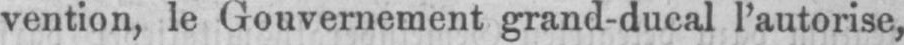
vention, le Gouvernement grand-ducal l’autorise,